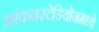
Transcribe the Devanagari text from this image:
फ्रांकनस्टेडियोनमध्ये